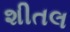
શીતલ